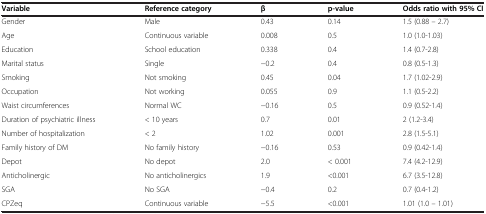
<table><thead><tr><td><b>Variable</b></td><td><b>Reference category</b></td><td><b>β</b></td><td><b>p-value</b></td><td><b>Odds ratio with 95% CI</b></td></tr></thead><tbody><tr><td>Gender</td><td>Male</td><td>0.43</td><td>0.14</td><td>1.5 (0.88 – 2.7)</td></tr><tr><td>Age</td><td>Continuous variable</td><td>0.008</td><td>0.5</td><td>1.0 (1.0-1.03)</td></tr><tr><td>Education</td><td>School education</td><td>0.338</td><td>0.4</td><td>1.4 (0.7-2.8)</td></tr><tr><td>Marital status</td><td>Single</td><td>−0.2</td><td>0.4</td><td>0.8 (0.5-1.3)</td></tr><tr><td>Smoking</td><td>Not smoking</td><td>0.45</td><td>0.04</td><td>1.7 (1.02-2.9)</td></tr><tr><td>Occupation</td><td>Not working</td><td>0.055</td><td>0.9</td><td>1.1 (0.5-2.2)</td></tr><tr><td>Waist circumferences</td><td>Normal WC</td><td>−0.16</td><td>0.5</td><td>0.9 (0.52-1.4)</td></tr><tr><td>Duration of psychiatric illness</td><td>&lt; 10 years</td><td>0.7</td><td>0.01</td><td>2 (1.2-3.4)</td></tr><tr><td>Number of hospitalization</td><td>&lt; 2</td><td>1.02</td><td>0.001</td><td>2.8 (1.5-5.1)</td></tr><tr><td>Family history of DM</td><td>No family history</td><td>−0.16</td><td>0.53</td><td>0.9 (0.42-1.4)</td></tr><tr><td>Depot</td><td>No depot</td><td>2.0</td><td>&lt; 0.001</td><td>7.4 (4.2-12.9)</td></tr><tr><td>Anticholinergic</td><td>No anticholinergics</td><td>1.9</td><td>&lt;0.001</td><td>6.7 (3.5-12.8)</td></tr><tr><td>SGA</td><td>No SGA</td><td>−0.4</td><td>0.2</td><td>0.7 (0.4-1.2)</td></tr><tr><td>CPZeq</td><td>Continuous variable</td><td>−5.5</td><td>&lt;0.001</td><td>1.01 (1.0 – 1.01)</td></tr></tbody></table>